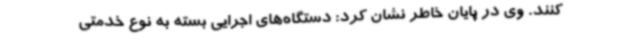
کنند. وی در پایان خاطر نشان کرد: دستگاه‌های اجرایی بسته به نوع خدمتی